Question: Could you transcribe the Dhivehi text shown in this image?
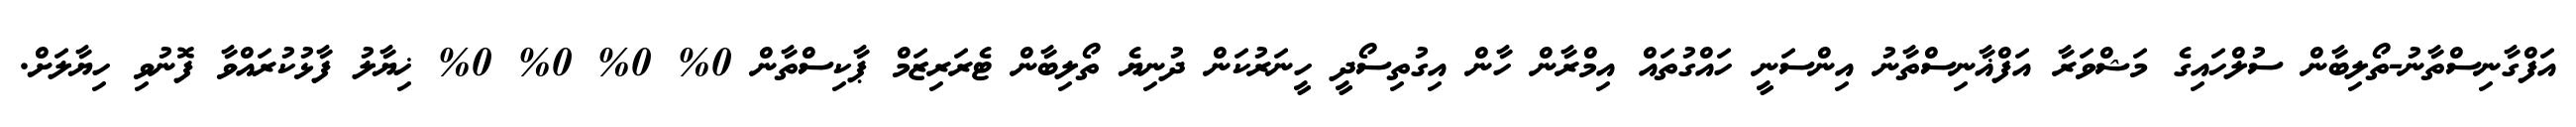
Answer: އަފްގާނިސްތާނު-ތޯލިބާން ސުލްހައިގެ މަޝްވަރާ އަފްޣާނިސްތާނު އިންސަނީ ހައްގުތައް އިމްރާން ހާން އިގުތިސޯދީ ހީނަރުކަން ދުނިޔެ ތޯލިބާން ޓެރަރިޒަމް ޕާކިސްތާން 0% 0% 0% 0% ޚިޔާލު ފާޅުކުރައްވާ ފޮނުވި ހިޔާލަށް.